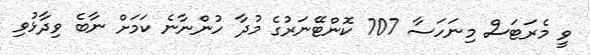
ވީ މެރަޓަސް މިނަހަސާ 707 ކޮންޓޭނަރުގެ މުދާ ހުންނާނެ ކަމަށް ނާބެ ވިދާޅުވި